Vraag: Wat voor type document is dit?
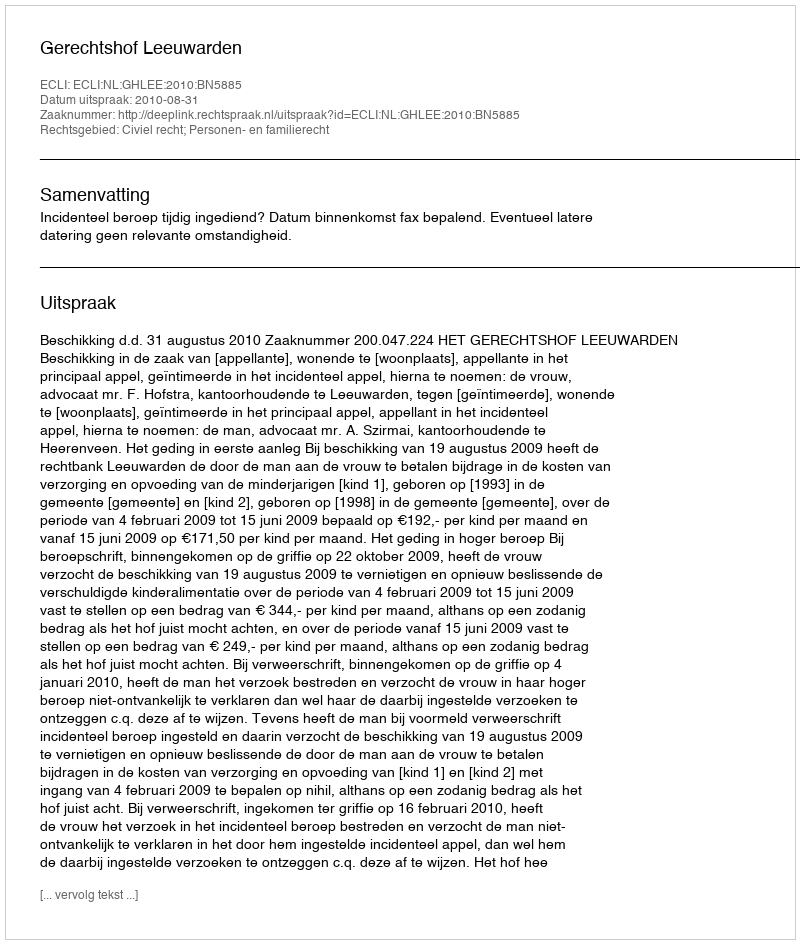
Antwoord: Uitspraak